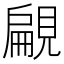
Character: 𧡤